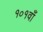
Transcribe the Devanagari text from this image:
१०१वाँ